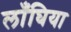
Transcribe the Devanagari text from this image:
लाँघिया